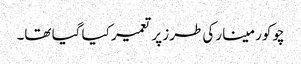
چوکور مینار کی طرز پر تعمیر کیا گیا تھا۔